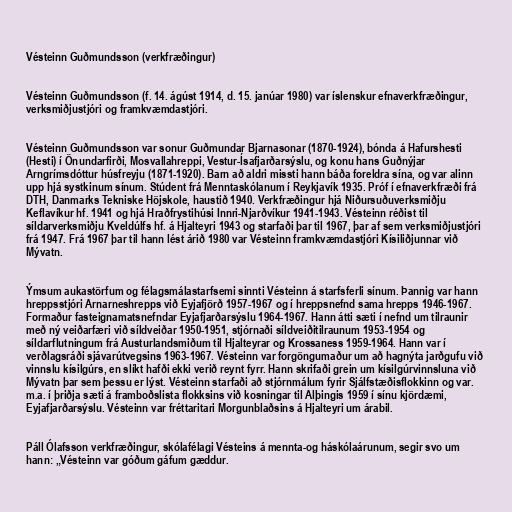
Vésteinn Guðmundsson (verkfræðingur)

Vésteinn Guðmundsson (f. 14. ágúst 1914, d. 15. janúar 1980) var íslenskur efnaverkfræðingur,
verksmiðjustjóri og framkvæmdastjóri.

Vésteinn Guðmundsson var sonur Guðmundar Bjarnasonar (1870-1924), bónda á Hafurshesti
(Hesti) í Önundarfirði, Mosvallahreppi, Vestur-Ísafjarðarsýslu, og konu hans Guðnýjar
Arngrímsdóttur húsfreyju (1871-1920). Barn að aldri missti hann báða foreldra sína, og var alinn
upp hjá systkinum sínum. Stúdent frá Menntaskólanum í Reykjavík 1935. Próf í efnaverkfræði frá
DTH, Danmarks Tekniske Höjskole, haustið 1940. Verkfræðingur hjá Niðursuðuverksmiðju
Keflavíkur hf. 1941 og hjá Hraðfrystihúsi Innri-Njarðvíkur 1941-1943. Vésteinn réðist til
síldarverksmiðju Kveldúlfs hf. á Hjalteyri 1943 og starfaði þar til 1967, þar af sem verksmiðjustjóri
frá 1947. Frá 1967 þar til hann lést árið 1980 var Vésteinn framkvæmdastjóri Kísiliðjunnar við
Mývatn.

Ýmsum aukastörfum og félagsmálastarfsemi sinnti Vésteinn á starfsferli sínum. Þannig var hann
hreppsstjóri Arnarneshrepps við Eyjafjörð 1957-1967 og í hreppsnefnd sama hrepps 1946-1967.
Formaður fasteignamatsnefndar Eyjafjarðarsýslu 1964-1967. Hann átti sæti í nefnd um tilraunir
með ný veiðarfæri við síldveiðar 1950-1951, stjórnaði síldveiðitilraunum 1953-1954 og
síldarflutningum frá Austurlandsmiðum til Hjalteyrar og Krossaness 1959-1964. Hann var í
verðlagsráði sjávarútvegsins 1963-1967. Vésteinn var forgöngumaður um að hagnýta jarðgufu við
vinnslu kísilgúrs, en slíkt hafði ekki verið reynt fyrr. Hann skrifaði grein um kísilgúrvinnsluna við
Mývatn þar sem þessu er lýst. Vésteinn starfaði að stjórnmálum fyrir Sjálfstæðisflokkinn og var.
m.a. í þriðja sæti á framboðslista flokksins við kosningar til Alþingis 1959 í sínu kjördæmi,
Eyjafjarðarsýslu. Vésteinn var fréttaritari Morgunblaðsins á Hjalteyri um árabil.

Páll Ólafsson verkfræðingur, skólafélagi Vésteins á mennta-og háskólaárunum, segir svo um
hann: „Vésteinn var góðum gáfum gæddur.